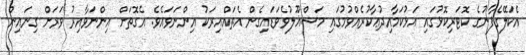
އެކަލޭގެފާނުގެ ކޮޓަރިކޮޅުގައި އަޅުކަމާއިދުޢާކުރެއްވުމުގައި މަޝްޣޫލުވެވަޑައިގެން އެތައްއިރަކު އިންނަވައެވެ. އެގޮތަށް އިންނަވާއިރު ވަރަށް ގިނައިން